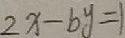
2 x - b y = 1